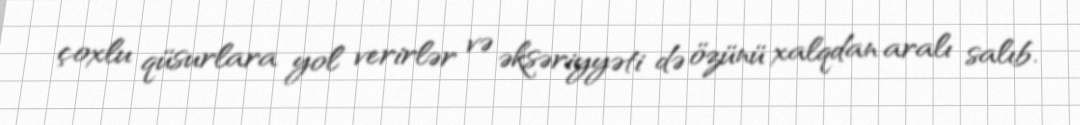
çoxlu qüsurlara yol verirlər və əksəriyyəti də özünü xalqdan aralı salıb.